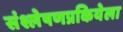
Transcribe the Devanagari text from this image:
संश्लेषणप्रकियेला